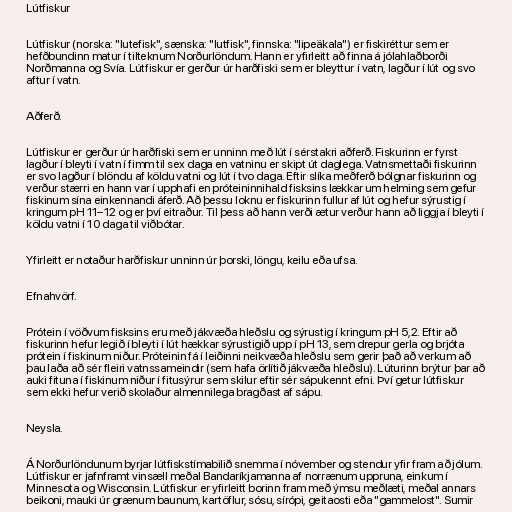
Lútfiskur

Lútfiskur (norska: "lutefisk", sænska: "lutfisk", finnska: "lipeäkala") er fiskiréttur sem er
hefðbundinn matur í tilteknum Norðurlöndum. Hann er yfirleitt að finna á jólahlaðborði
Norðmanna og Svía. Lútfiskur er gerður úr harðfiski sem er bleyttur í vatn, lagður í lút og svo
aftur í vatn.

Aðferð.

Lútfiskur er gerður úr harðfiski sem er unninn með lút í sérstakri aðferð. Fiskurinn er fyrst
lagður í bleyti í vatn í fimm til sex daga en vatninu er skipt út daglega. Vatnsmettaði fiskurinn
er svo lagður í blöndu af köldu vatni og lút í tvo daga. Eftir slíka meðferð bólgnar fiskurinn og
verður stærri en hann var í upphafi en próteininnihald fisksins lækkar um helming sem gefur
fiskinum sína einkennandi áferð. Að þessu loknu er fiskurinn fullur af lút og hefur sýrustig í
kringum pH 11–12 og er því eitraður. Til þess að hann verði ætur verður hann að liggja í bleyti í
köldu vatni í 10 daga til viðbótar.

Yfirleitt er notaður harðfiskur unninn úr þorski, löngu, keilu eða ufsa.

Efnahvörf.

Prótein í vöðvum fisksins eru með jákvæða hleðslu og sýrustig í kringum pH 5,2. Eftir að
fiskurinn hefur legið í bleyti í lút hækkar sýrustigið upp í pH 13, sem drepur gerla og brjóta
prótein í fiskinum niður. Próteinin fá í leiðinni neikvæða hleðslu sem gerir það að verkum að
þau laða að sér fleiri vatnssameindir (sem hafa örlítið jákvæða hleðslu). Lúturinn brýtur þar að
auki fituna í fiskinum niður í fitusýrur sem skilur eftir sér sápukennt efni. Því getur lútfiskur
sem ekki hefur verið skolaður almennilega bragðast af sápu.

Neysla.

Á Norðurlöndunum byrjar lútfiskstímabilið snemma í nóvember og stendur yfir fram að jólum.
Lútfiskur er jafnframt vinsæll meðal Bandaríkjamanna af norrænum uppruna, einkum í
Minnesota og Wisconsin. Lútfiskur er yfirleitt borinn fram með ýmsu meðlæti, meðal annars
beikoni, mauki úr grænum baunum, kartöflur, sósu, sírópi, geitaosti eða "gammelost". Sumir